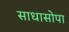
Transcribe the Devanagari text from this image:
साधासोपा